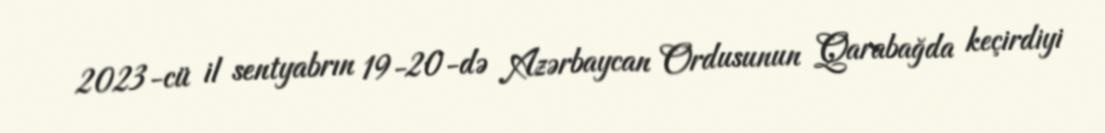
2023-cü il sentyabrın 19-20-də Azərbaycan Ordusunun Qarabağda keçirdiyi